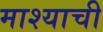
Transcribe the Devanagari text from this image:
माश्याची